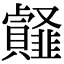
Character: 䪥